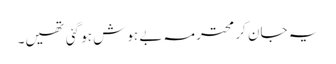
یہ جان کر محترمہ بے ہوش ہو گئی تھیں۔